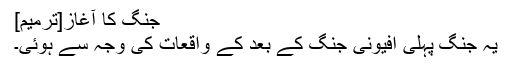
جنگ کا آغاز[ترمیم]
یہ جنگ پہلی افیونی جنگ کے بعد کے واقعات کی وجہ سے ہوئی۔